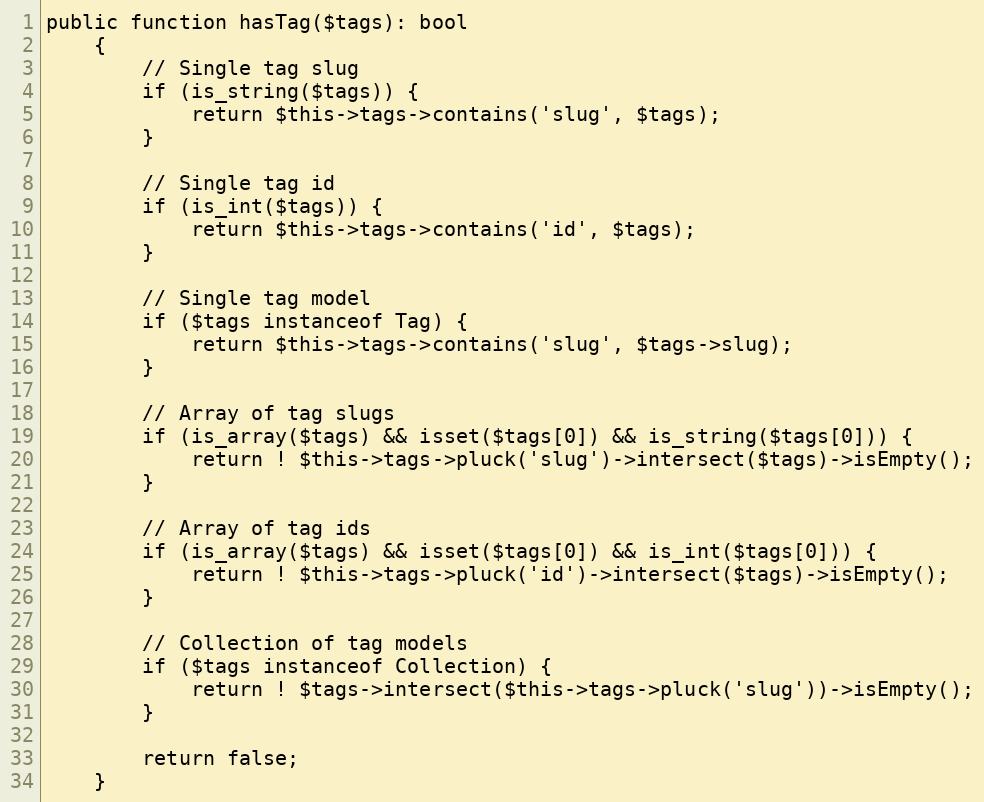
Language: PHP
public function hasTag($tags): bool
    {
        // Single tag slug
        if (is_string($tags)) {
            return $this->tags->contains('slug', $tags);
        }

        // Single tag id
        if (is_int($tags)) {
            return $this->tags->contains('id', $tags);
        }

        // Single tag model
        if ($tags instanceof Tag) {
            return $this->tags->contains('slug', $tags->slug);
        }

        // Array of tag slugs
        if (is_array($tags) && isset($tags[0]) && is_string($tags[0])) {
            return ! $this->tags->pluck('slug')->intersect($tags)->isEmpty();
        }

        // Array of tag ids
        if (is_array($tags) && isset($tags[0]) && is_int($tags[0])) {
            return ! $this->tags->pluck('id')->intersect($tags)->isEmpty();
        }

        // Collection of tag models
        if ($tags instanceof Collection) {
            return ! $tags->intersect($this->tags->pluck('slug'))->isEmpty();
        }

        return false;
    }